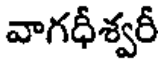
వాగధీశ్వరీ